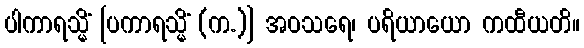
ပါကာရသ္မိံ [ပကာရသ္မိံ (က.)] အဝသရေ၊ ပရိယာယော ကထီယတိ။